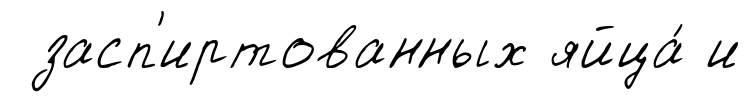
засп'иртованных яйца́ и